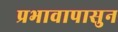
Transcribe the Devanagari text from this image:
प्रभावापासुन